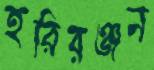
হরিরঞ্জন